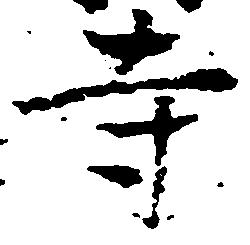
寺